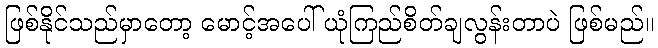
ဖြစ်နိုင်သည်မှာတော့ မောင့်အပေါ် ယုံကြည်စိတ်ချလွန်းတာပဲ ဖြစ်မည်။